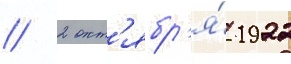
// 2 окт'ябр'я́ 1922